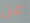
عن